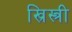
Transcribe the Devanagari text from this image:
ख्रिस्त्री